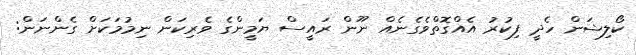
ކޯލިޝަން ހެދީ ފިކުރު އެއްގޮތްވެގެނެއް ނޫން ރައީސް ޔަމީންގެ ވެރިކަން ނިމުމަކަށް ގެންނަން: